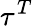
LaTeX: \tau^{T}